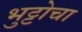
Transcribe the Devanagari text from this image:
भुट्टोचा